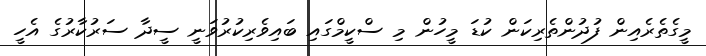
މީގެތެރެއިން ފުދުންތެރިކަން ކުޑަ މީހުން މި ސްކީމްގައި ބައިވެރިކުރުވަނީ ސީދާ ސަރުކާރުގެ އެހީ